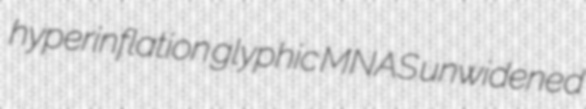
hyperinflation glyphic MNAS unwidened